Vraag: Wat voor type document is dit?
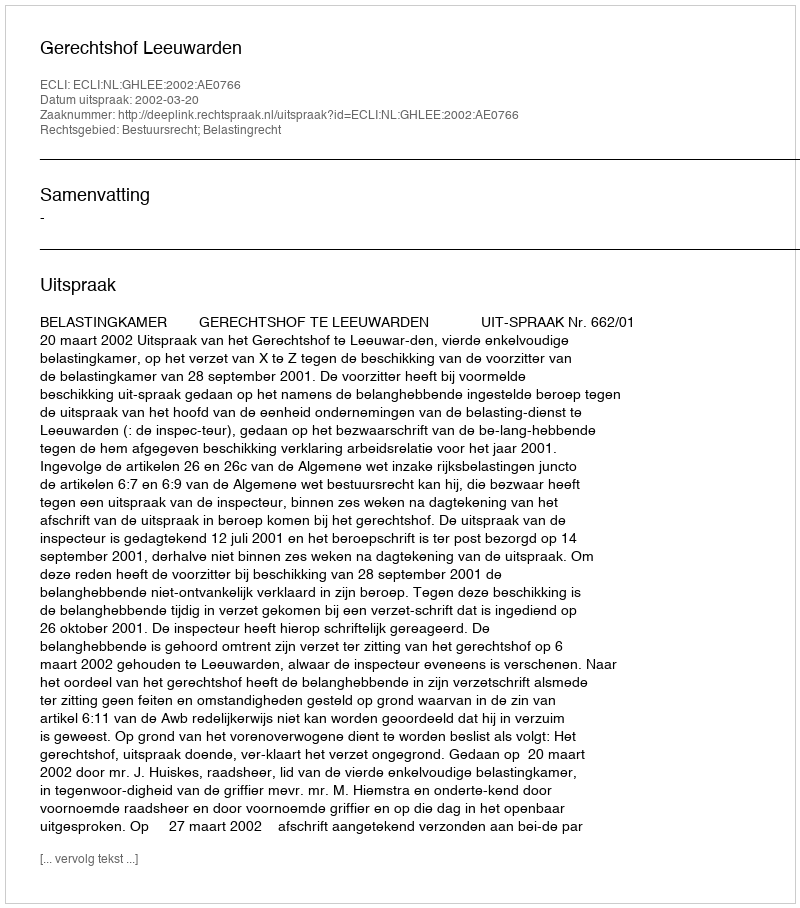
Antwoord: Uitspraak